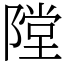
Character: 隚